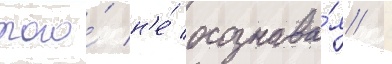
того́ н'е́ осознава́я /